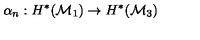
\alpha _ { n } : H ^ { * } ( { \cal M } _ { 1 } ) \to H ^ { * } ( { \cal M } _ { 3 } )